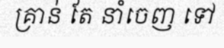
គ្រាន់ តែ នាំចេញ ទៅ